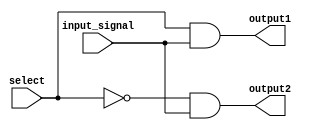
module demux (
    input wire select,
    input wire input_signal,
    output reg output1,
    output reg output2
);

assign output1 = (select & input_signal);
assign output2 = (!select & input_signal);

endmodule